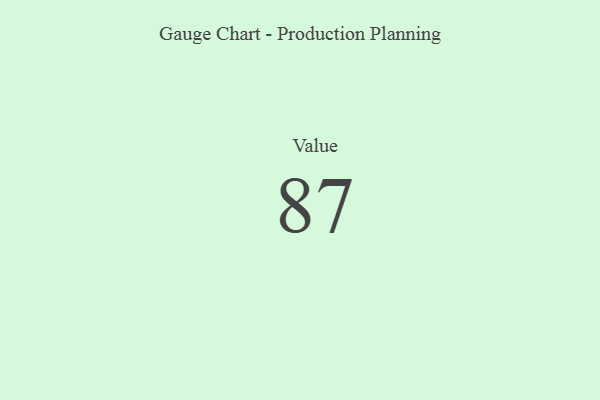
{"axis": {"x": "Metric", "y": "Value"}, "legend": [""], "data": [{"x": "Value", "y": 87, "type": ""}]}